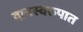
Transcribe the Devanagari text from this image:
दानस्वरुपात